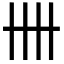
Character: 卌